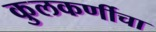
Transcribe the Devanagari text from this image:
कुलकर्णीचा